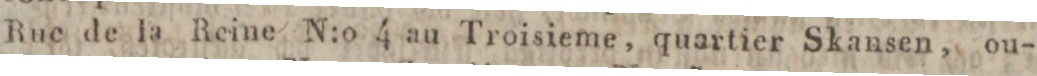
Rue de la Reine N:o 4 au Troisieme, quartier Skansen, ou-